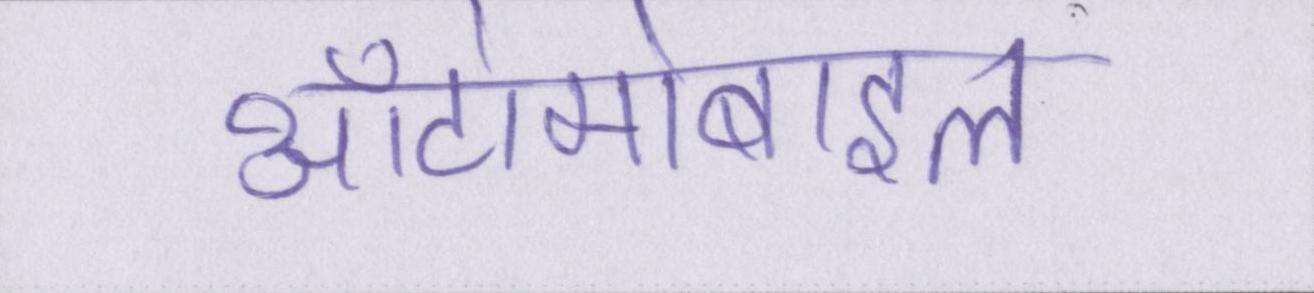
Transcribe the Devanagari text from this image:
ऑटोमोबाइल